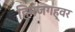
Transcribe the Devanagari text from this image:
हिमजगह्वर